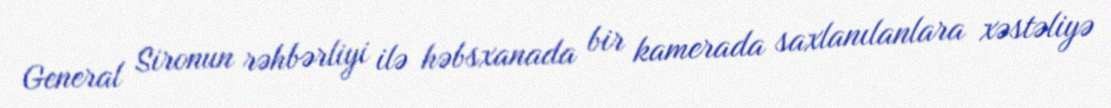
General Sironun rəhbərliyi ilə həbsxanada bir kamerada saxlanılanlara xəstəliyə